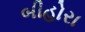
બીહોરા